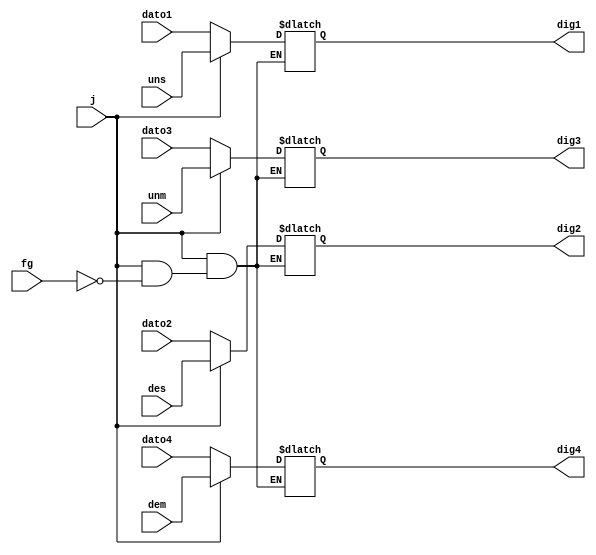
`timescale 1ns / 1ps

module visualizar(fg,j,dato1,dato2,dato3,dato4,uns,des,unm,dem,dig1,dig2,dig3,dig4);
input fg,j;
input [3:0]dato1,dato2,dato3,dato4;
input [3:0]uns,des,unm,dem;
output reg [3:0] dig1,dig2,dig3,dig4;



initial begin
dig1<=0;
dig2<=0;
dig3<=0;
dig4<=0;
end


always @(fg,j)
	if (j==1'b0)begin
		dig1=dato1;
		dig2=dato2;
		dig3=dato3;
		dig4=dato4;
	end else if(fg==1'b0) begin
					dig1=dig1;
					dig2=dig2;
					dig3=dig3;
					dig4=dig4;
				end else begin
						dig1=uns;
						dig2=des;
						dig3=unm;
						dig4=dem;
					end
endmodule